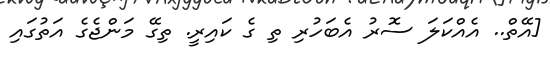
[އޭތް.. އެއްކަލަ ސޮރު އެބަހުރި ތި ގެ ކައިރީ. ތިގޭ މަންޖެގެ އަތުގައި